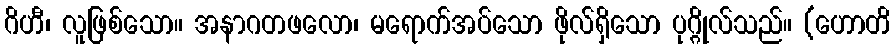
ဂိဟီ၊ လူဖြစ်သော။ အနာဂတဖလော၊ မရောက်အပ်သော ဖိုလ်ရှိသော ပုဂ္ဂိုလ်သည်။ (ဟောတိ